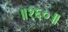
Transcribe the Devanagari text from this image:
॥१६०॥